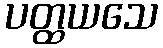
ပတ္ထယသေ